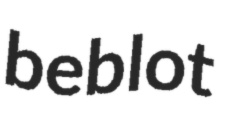
beblot